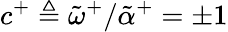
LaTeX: c^{+}\triangleq\tilde{\omega}^{+}/\tilde{\alpha}^{+}=\pm 1